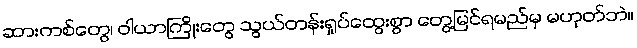
ဆားကစ်တွေ၊ ဝါယာကြိုးတွေ သွယ်တန်းရှုပ်ထွေးစွာ တွေ့မြင်ရမည်မှ မဟုတ်ဘဲ။